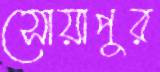
সোয়াপুর